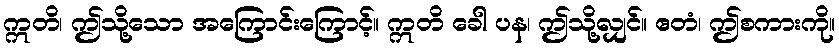
ဣတိ၊ ဤသို့သော အကြောင်းကြောင့်။ ဣတိ ခေါ ပန၊ ဤသို့လျှင်။ ဧတံ၊ ဤစကားကို။